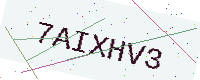
Text: 7AIXHV3